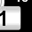
Digit: 1